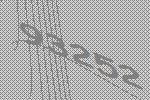
93252